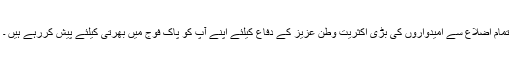
تمام اضلاع سے امیدواروں کی بڑی اکثریت وطن عزیز کے دفاع کیلئے اپنے آپ کو پاک فوج میں بھرتی کیلئے پیش کررہے ہیں ۔